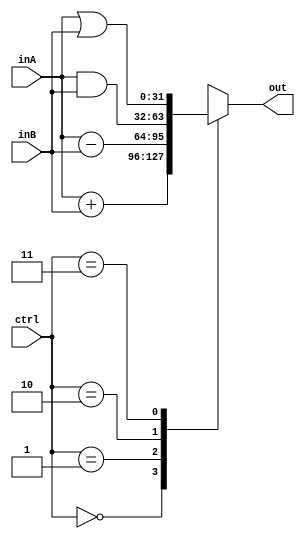
module alu(inA, inB, ctrl, out);
				
	input [31:0]inA, inB;
	input [1:0]ctrl;
	output reg [31:0] out;
					
	always @ (inA or inB or ctrl) begin
		case(ctrl)
			2'b00: out <= inA + inB;
			2'b01: out <= inA - inB;
			2'b10: out <= inA & inB;
			2'b11: out <= inA | inB;
		endcase
	end
	
endmodule